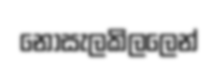
නොසැලකිලලෙන්